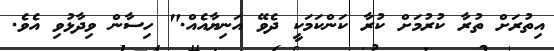
އިތުރަށް ތުރާ ކުރުމަށް ކުރާ ކަންކަމަކީ ދެވޭ އަނިޔާއެއް." ހިސާން ވިދާޅުވި އެވެ.